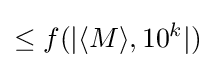
\leq f(|\langle M\rangle ,10^{k}|)